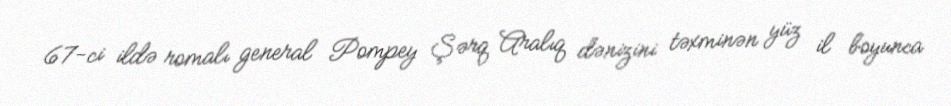
67-ci ildə romalı general Pompey Şərq Aralıq dənizini təxminən yüz il boyunca